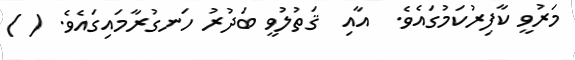
މަރުވީ ކާފިރުކަމުގައެވެ.  އާއި  ޤަތުލުވީ ބަދުރު ހަނގުރާމައިގައެވެ. ( )